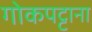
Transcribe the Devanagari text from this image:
गोकपट्टाना